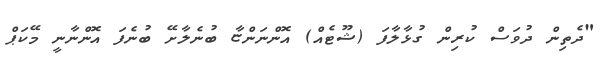
"ދެތިން ދުވަސް ކުރިން ގުޅާލާފަ (ޝޫޓެއް) އޮންނަންޏާ ބުނެލާށޭ ބުނެފަ އޮންނާނީ މޭކަޕް